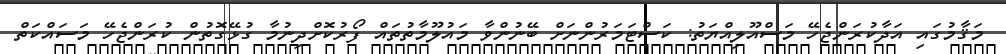
މަޤާމުގައި އަދާކުރަންޖެހޭ މަސްއޫލިއްޔަތު: ކަސްޓަމަރުންނަށް ބޭނުންވާ މައުލޫމާތުތައް ފޯރުކޮށްދިނުމާ ގުޅޭގޮތުން ކުރަންޖެހޭ މަސައްކަތް